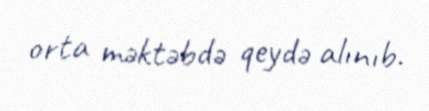
orta məktəbdə qeydə alınıb.